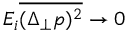
E _ { i } \overline { { ( \Delta _ { \perp } p ) ^ { 2 } } } \to 0